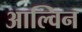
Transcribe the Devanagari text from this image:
आल्विन